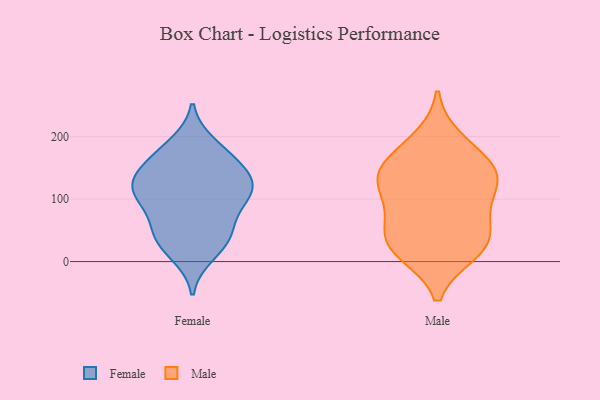
{"axis": {"x": "Revenue (USD Million)", "y": "Value"}, "legend": ["Female", "Male"], "data": [{"x": "", "y": 92, "type": "Female"}, {"x": "", "y": 58, "type": "Female"}, {"x": "", "y": 108, "type": "Female"}, {"x": "", "y": 40, "type": "Female"}, {"x": "", "y": 162, "type": "Female"}, {"x": "", "y": 30, "type": "Female"}, {"x": "", "y": 175, "type": "Female"}, {"x": "", "y": 146, "type": "Female"}, {"x": "", "y": 135, "type": "Female"}, {"x": "", "y": 12, "type": "Female"}, {"x": "", "y": 108, "type": "Female"}, {"x": "", "y": 47, "type": "Female"}, {"x": "", "y": 114, "type": "Female"}, {"x": "", "y": 132, "type": "Female"}, {"x": "", "y": 187, "type": "Female"}, {"x": "", "y": 111, "type": "Female"}, {"x": "", "y": 81, "type": "Male"}, {"x": "", "y": 169, "type": "Male"}, {"x": "", "y": 24, "type": "Male"}, {"x": "", "y": 129, "type": "Male"}, {"x": "", "y": 41, "type": "Male"}, {"x": "", "y": 144, "type": "Male"}, {"x": "", "y": 131, "type": "Male"}, {"x": "", "y": 195, "type": "Male"}, {"x": "", "y": 145, "type": "Male"}, {"x": "", "y": 108, "type": "Male"}, {"x": "", "y": 15, "type": "Male"}, {"x": "", "y": 21, "type": "Male"}, {"x": "", "y": 57, "type": "Male"}]}